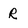
Character: R